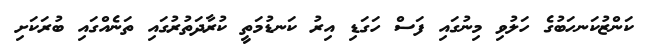
ކަންޒުކަނހަބުގެ ހަލުވި މިނުގައި ފަސް ހަގަޑި އިރު ކަނޑުމަތީ ކުރާދަތުރުގައި ތަނެއްގައި ބުރަކަށި